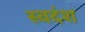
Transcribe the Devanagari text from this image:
स्वदंश